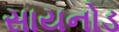
સાયનોડ